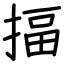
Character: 揊